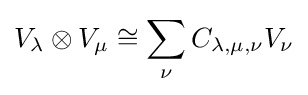
V_{\lambda }\otimes V_{\mu }\cong \sum _{\nu }C_{\lambda ,\mu ,\nu }V_{\nu }